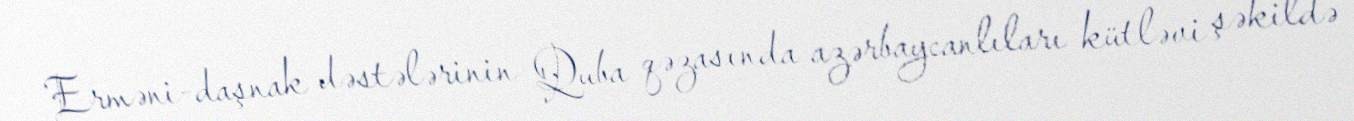
Erməni-daşnak dəstələrinin Quba qəzasında azərbaycanlıları kütləvi şəkildə